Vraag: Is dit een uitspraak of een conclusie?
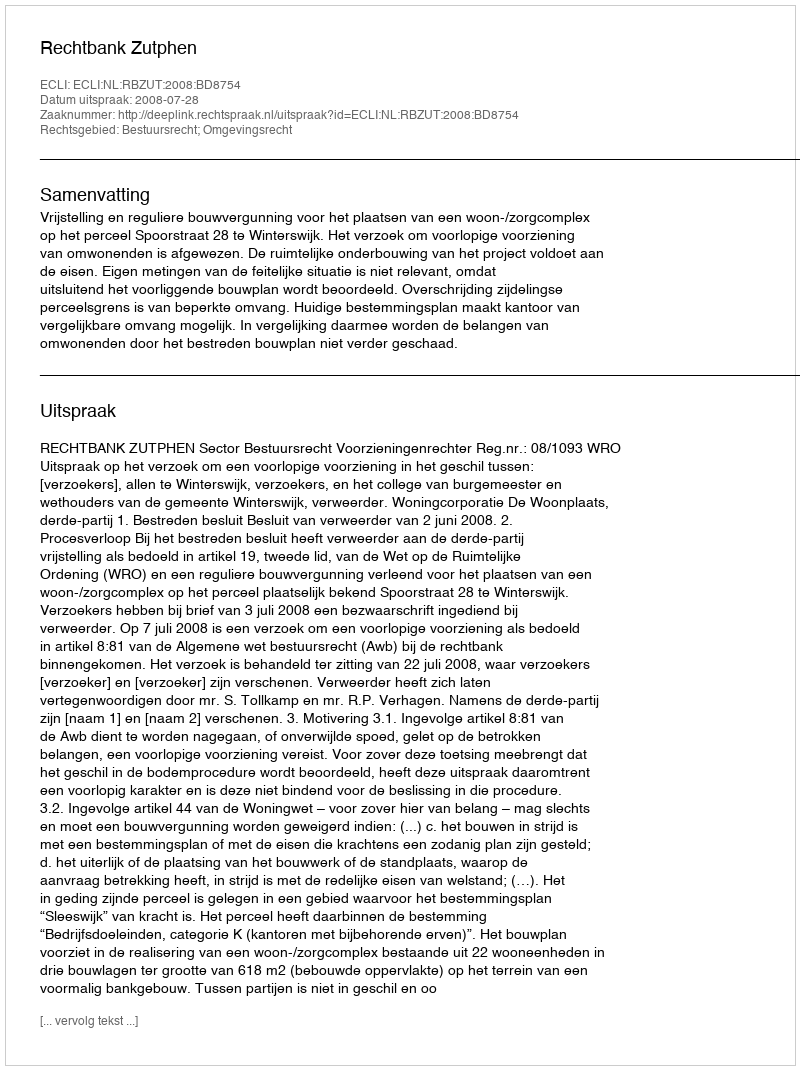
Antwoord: Uitspraak